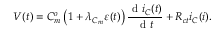
V ( t ) = C _ { m } ^ { o } \left( 1 + \lambda _ { C _ { m } } \varepsilon ( t ) \right) \frac { \textrm { d } i _ { C } ( t ) } { \textrm { d } t } + R _ { c t } i _ { C } ( i ) .